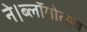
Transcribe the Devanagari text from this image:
ने।ब्लॉगोत्सव